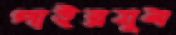
পাইরযুম